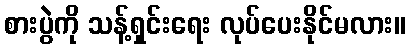
စားပွဲကို သန့်ရှင်းရေး လုပ်ပေးနိုင်မလား။